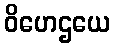
ဝိဟေဌယေ